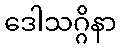
ဒေါသဂ္ဂိနာ